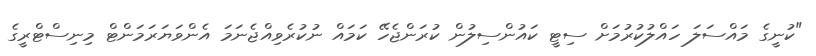
"ކުނީގެ މައްސަލަ ހައްލުކުރުމަށް ސިޓީ ކައުންސިލުން ކުރަންޖެހޭ ކަމައް ނުކުރެވިއްޖެނަމަ އެންވަޔަރަމަންޓް މިނިސްޓްރީގެ